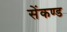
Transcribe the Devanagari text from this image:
सेंकण्ड